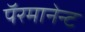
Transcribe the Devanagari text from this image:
पॅरमानेन्ट